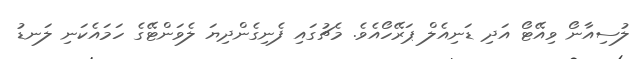
ލުސިއާނޯ ވިއޭޓޯ އަދި ޑަނިއެލް ޕަރޭހޯއެވެ. މެޗުގައި ފެނިގެންދިޔަ ލެވަންޓޭގެ ހަމައެކަނި ލަނޑު